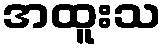
အထူးသ